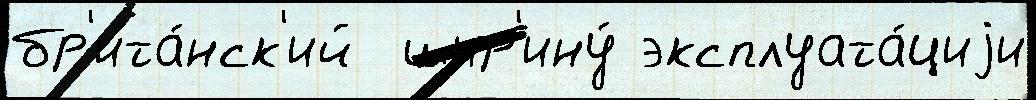
бр'ита́нск'ий  шир'ину́ эксплуата́циjи